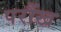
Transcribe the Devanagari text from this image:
परौंख